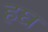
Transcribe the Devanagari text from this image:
हघ